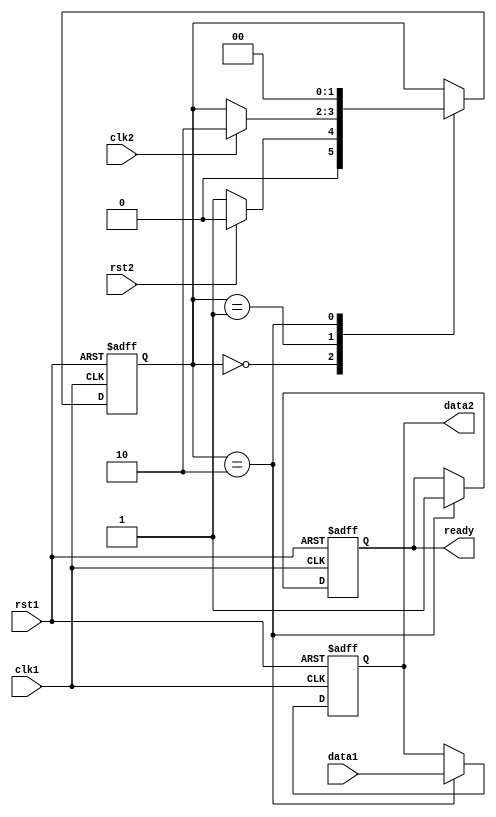
module Synchronizer (
    input wire clk1,
    input wire rst1,
    input wire data1,
    input wire clk2,
    input wire rst2,
    output reg data2,
    output reg ready
);

reg [1:0] state;
parameter IDLE = 2'b00;
parameter SYNC = 2'b01;
parameter TRANSFER = 2'b10;

always @(posedge clk1 or negedge rst1) begin
    if (!rst1) begin
        state <= IDLE;
        data2 <= 0;
        ready <= 0;
    end else begin
        case (state)
            IDLE: begin
                if (rst2) begin
                    state <= IDLE;
                end else begin
                    state <= SYNC;
                end
            end
            SYNC: begin
                if (clk2) begin
                    state <= TRANSFER;
                end
            end
            TRANSFER: begin
                data2 <= data1;
                ready <= 1;
                state <= IDLE;
            end
        endcase
    end
end

endmodule